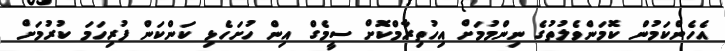
އެހެންކަމުން ކޮމަންވެލުތުގެ ނިންމުމަށް އިހުތިރާމްކޮށް ސީމެގް އިން ހުށަހެޅި ކަންކަން ފުރިިހަމަ ކުރުމަށް